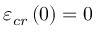
\varepsilon _ { c r } \left( 0 \right) = 0